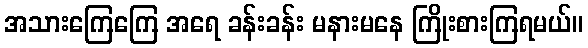
အသားကြေကြေ အရေ ခန်းခန်း မနားမနေ ကြိုးစားကြရမယ်။